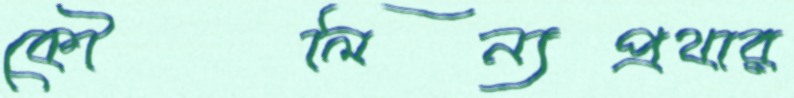
কৌলিন্যপ্রথার